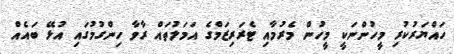
ހައްޔަރުކުރި މީހުންނަކީ މީހުން މެރުމާއި ޓެރަރިޒަމްގެ އަމަލުތައް ރާވާ ހިންގުމުގައި އުޅޭ ބައެއް